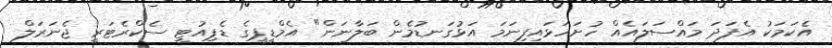
އެކަމަކު އެފަދަ މައްސަލައެއް ހުށަހަޅައިފިނަމަ އަޅުގަނޑުމެން ބަލާނަން" އެމްޑީޕީގެ ޑެޕިއުޓީ ސެކްރެޓަރީ ޖެނަރަލް